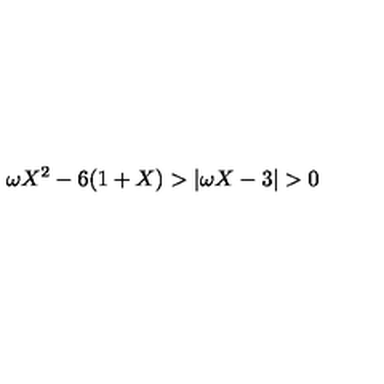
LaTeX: \omega X ^ { 2 } - 6 ( 1 + X ) > | \omega X - 3 | > 0